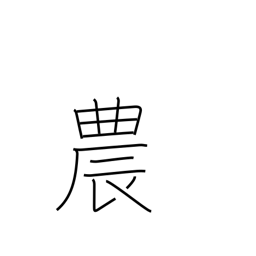
Meaning: agriculture